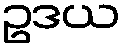
ဥဒယ